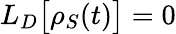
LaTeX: L_{D}{\big[}\rho_{S}(t){\big]}=0